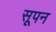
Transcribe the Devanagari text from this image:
सूपन